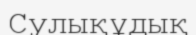
Сулықұдық